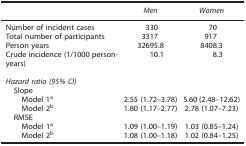
<table><thead><tr><td><b> </b></td><td><b><i>Men</i></b></td><td><b><i>Women</i></b></td></tr></thead><tbody><tr><td>Number of incident cases</td><td>330</td><td>70</td></tr><tr><td>Total number of participants</td><td>3317</td><td>917</td></tr><tr><td>Person years</td><td>32695.8</td><td>8408.3</td></tr><tr><td>Crude incidence (1/1000 person-years)</td><td>10.1</td><td>8.3</td></tr><tr><td colspan="3"> </td></tr><tr><td colspan="3"><i>Hazard ratio (95% CI)</i></td></tr><tr><td> Slope</td><td> </td><td> </td></tr><tr><td>Model 1a</td><td>2.55 (1.72–3.78)</td><td>5.60 (2.48–12.62)</td></tr><tr><td>Model 2b</td><td>1.80 (1.17–2.77)</td><td>2.78 (1.07–7.23)</td></tr><tr><td> RMSE</td><td> </td><td> </td></tr><tr><td>Model 1a</td><td>1.09 (1.00–1.19)</td><td>1.03 (0.85–1.24)</td></tr><tr><td>Model 2b</td><td>1.08 (1.00–1.18)</td><td>1.02 (0.84–1.25)</td></tr></tbody></table>